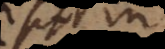
sit in